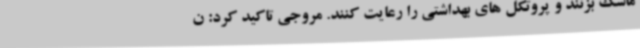
ماسک بزنند و پروتکل های بهداشتی را رعایت کنند. مروجی تاکید کرد: ن